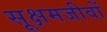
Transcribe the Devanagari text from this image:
सूक्षमजीवों